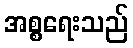
အစ္စရေးသည်